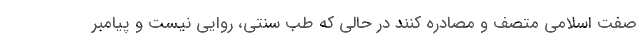
صفت اسلامی متصف و مصادره کنند در حالی که طب سنتی، روایی نیست و پیامبر